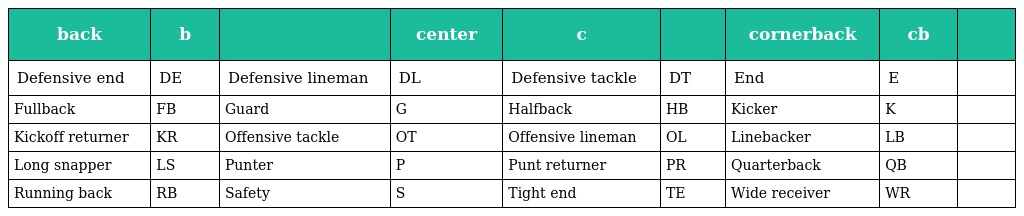
| back | b |  | center | c |  | cornerback | cb |  |
 | --- | --- | --- | --- | --- | --- | --- | --- | --- |
 | Defensive end | DE | Defensive lineman | DL | Defensive tackle | DT | End | E |  |
 | Fullback | FB | Guard | G | Halfback | HB | Kicker | K |  |
 | Kickoff returner | KR | Offensive tackle | OT | Offensive lineman | OL | Linebacker | LB |  |
 | Long snapper | LS | Punter | P | Punt returner | PR | Quarterback | QB |  |
 | Running back | RB | Safety | S | Tight end | TE | Wide receiver | WR |  |